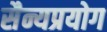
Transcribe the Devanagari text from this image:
सैन्यप्रयोग